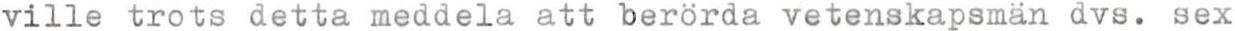
ville trots detta meddela att berörda vetenskapsmän dvs. sex